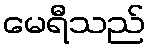
မေရီသည်